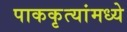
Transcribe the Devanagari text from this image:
पाककृत्यांमध्ये